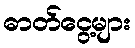
ဓာတ်ငွေ့များ